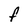
Character: F